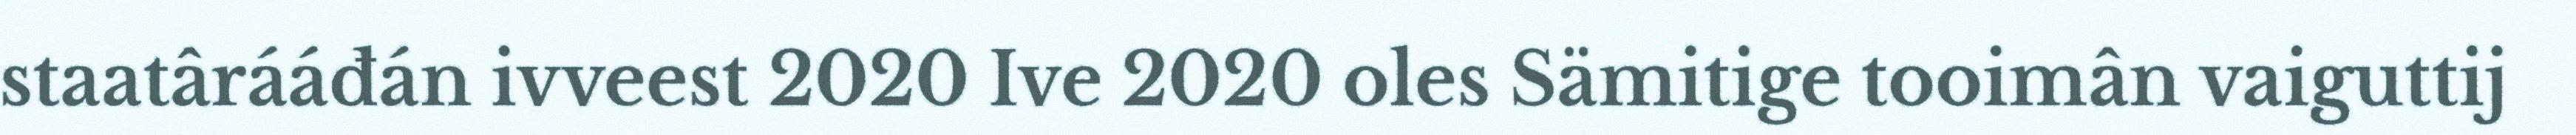
staatârááđán ivveest 2020 Ive 2020 oles Sämitige tooimân vaiguttij